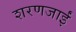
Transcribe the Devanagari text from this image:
शरणजाईं